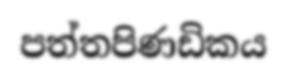
පත්තපිණඩිකය